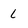
Character: l